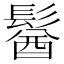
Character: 𩮈